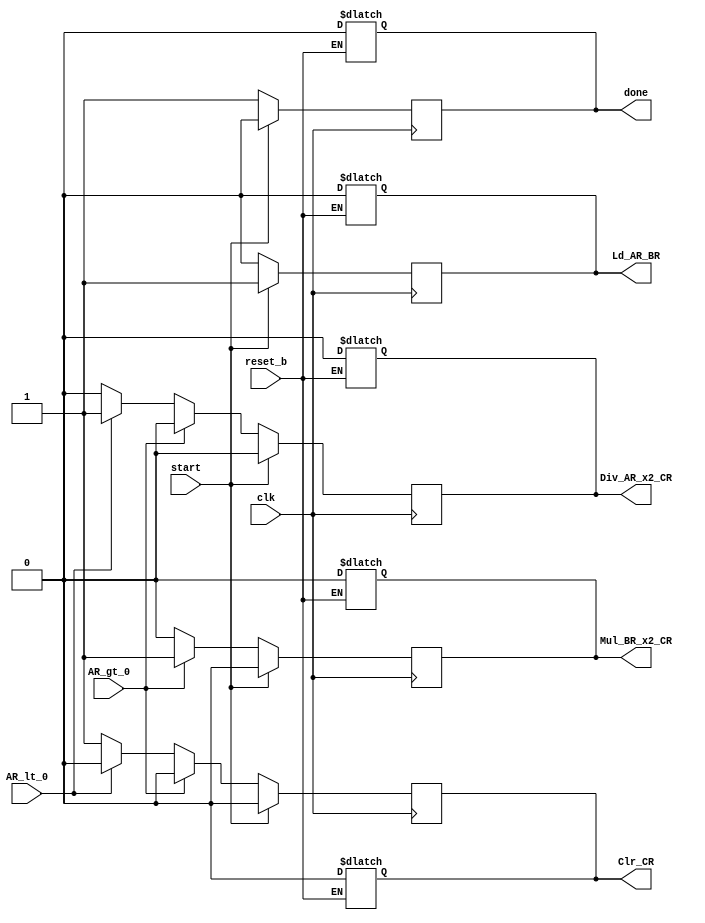
module Control_Unit(output reg done, Ld_AR_BR, Div_AR_x2_CR, Mul_BR_x2_CR, Clr_CR,
	input reset_b, start, AR_gt_0, AR_lt_0, clk);
	always @(posedge clk) begin
		if (start) begin
			Ld_AR_BR = 1;
			Mul_BR_x2_CR = 0;
			Div_AR_x2_CR = 0;
			Clr_CR = 0;
			done = 0;
		end else begin
			if (AR_gt_0) begin
				Ld_AR_BR = 0;
				Mul_BR_x2_CR = 1;
				Div_AR_x2_CR = 0;
				Clr_CR = 0;
				done = 1;
			end else if (AR_lt_0) begin
				Ld_AR_BR = 0;
				Mul_BR_x2_CR = 0;
				Div_AR_x2_CR = 1;
				Clr_CR = 0;
				done = 1;
			end else begin
				Ld_AR_BR = 0;
				Mul_BR_x2_CR = 0;
				Div_AR_x2_CR = 0;
				Clr_CR = 1;
				done = 1;
			end
		end
	end
	always @(reset_b)
		if (reset_b == 0) begin
			Ld_AR_BR = 0;
			Mul_BR_x2_CR = 0;
			Div_AR_x2_CR = 0;
			Clr_CR = 0;
			done = 0;
		end
endmodule